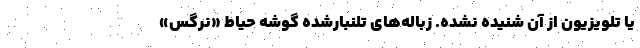
یا تلویزیون از آن شنیده نشده. زباله‌های تلنبارشده گوشه حیاط «نرگس»